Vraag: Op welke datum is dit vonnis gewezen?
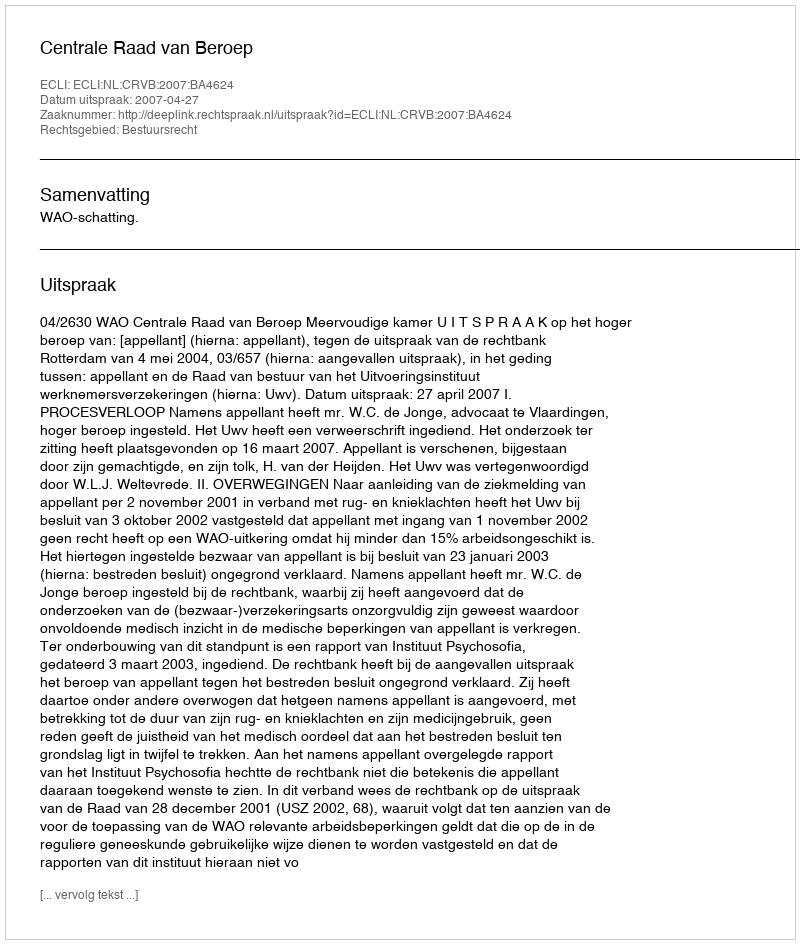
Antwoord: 2007-04-27